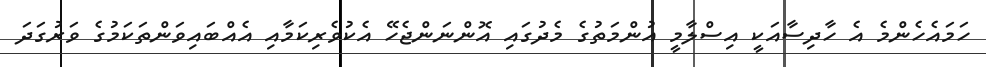
ހަމައެހެންމެ އެ ހާދިސާއަކީ އިސްލާމީ އުންމަތުގެ މެދުގައި އޮންނަންޖެހޭ އެކުވެރިކަމާއި އެއްބައިވަންތަކަމުގެ ވަރުގަދަ